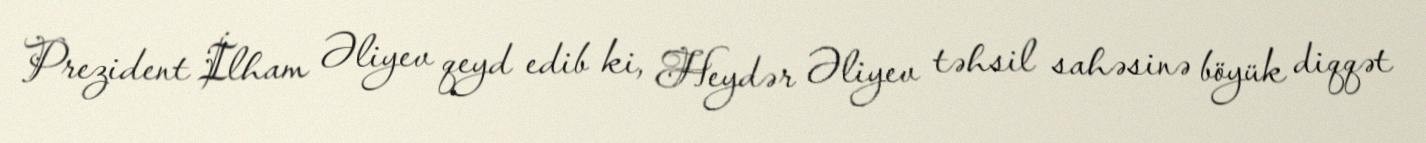
Prezident İlham Əliyev qeyd edib ki, Heydər Əliyev təhsil sahəsinə böyük diqqət